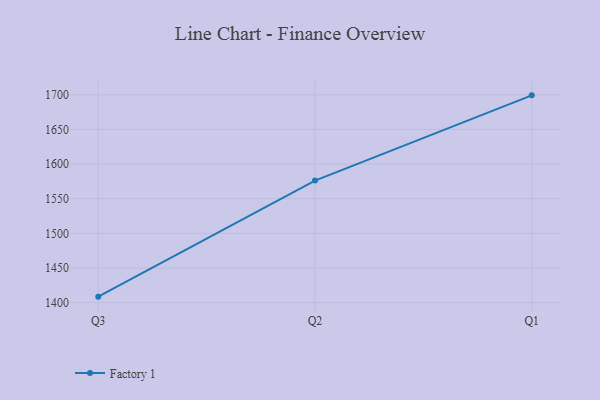
{"axis": {"x": "Quarter", "y": "Gross Profit (USD K)"}, "legend": ["Factory 1"], "data": [{"x": "Q3", "y": 1408.6, "type": "Factory 1"}, {"x": "Q2", "y": 1576.1, "type": "Factory 1"}, {"x": "Q1", "y": 1699.2, "type": "Factory 1"}]}